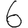
Digit: 6